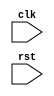
module behavioral_modeling(
    input wire clk,
    input wire rst
);

reg state;

always @(posedge clk or negedge rst) begin
    if (rst == 0) begin
        state <= 0;
    end else begin
        state <= 1;
    end
end

endmodule